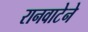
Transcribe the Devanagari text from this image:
रानवाटेने